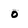
Character: 0